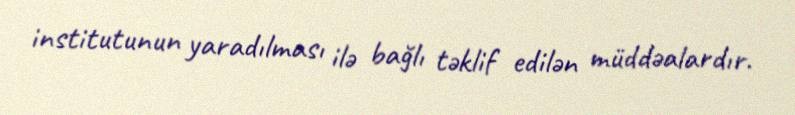
institutunun yaradılması ilə bağlı təklif edilən müddəalardır.